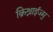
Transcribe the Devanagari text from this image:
क्रिश्नाईज्मु